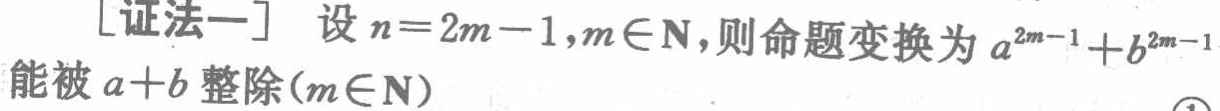
[证法一] 设 \(n = 2m - 1,m\in\mathbf{N}\)，则命题变换为 \(a^{2m - 1}+b^{2m - 1}\)能被 \(a + b\)整除\((m\in\mathbf{N})\)